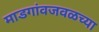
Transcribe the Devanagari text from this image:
माडगांवजवळच्या